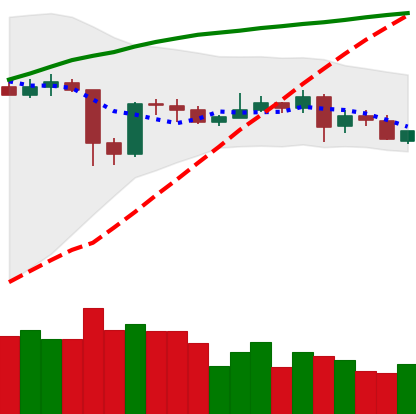
Ticker: XLM-USD
Chart end date: 2020-05-25
Forward return: 9.589%
Label: up_7plus